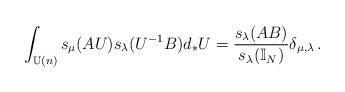
LaTeX: \begin{align*}\int_{\mathbb{U}(n)}s_\mu(AU)s_\lambda(U^{-1}B)d_*U=\frac{s_\lambda(AB)}{s_\lambda(\mathbb{I}_N)}\delta_{\mu,\lambda}\,.\end{align*}